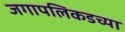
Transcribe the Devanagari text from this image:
जगापलिकडच्या